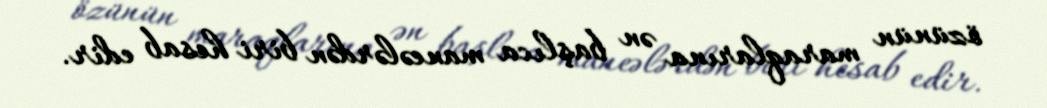
özünün maraqlarına ən başlıca maneələrdən biri hesab edir.